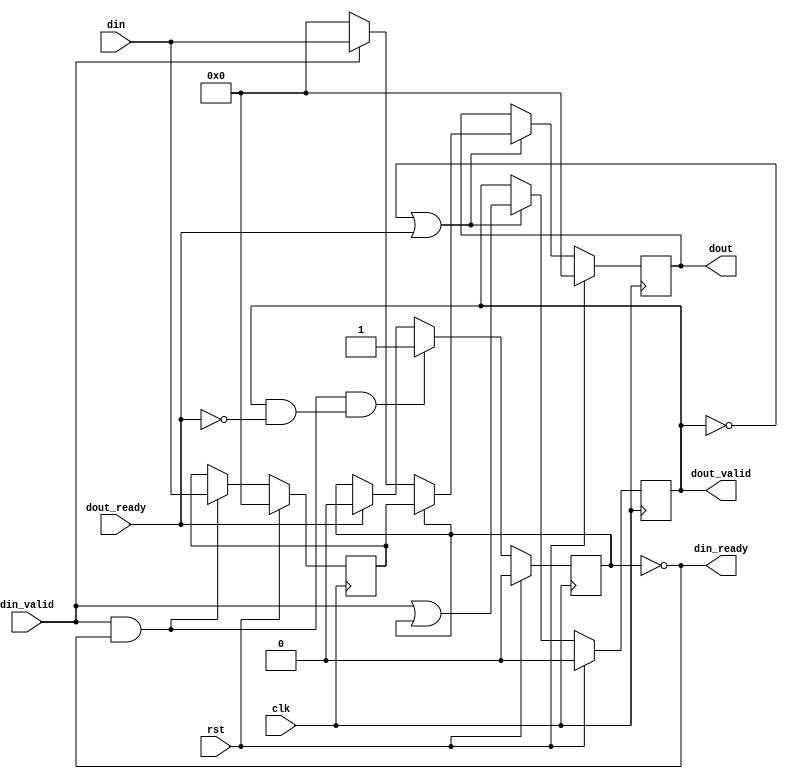
`default_nettype none

module skid_buffer #(
    parameter DIN_WIDTH = 32
) (
    input wire clk,
    input wire rst,

    input wire [DIN_WIDTH-1:0] din,
    input wire din_valid, 
    output wire  din_ready, 

    output wire dout_valid, 
    input wire dout_ready, 
    output wire [DIN_WIDTH-1:0] dout
);

reg [DIN_WIDTH-1:0] din_r=0;

//register valid
reg val=0;
always@(posedge clk)begin
    if(rst)
        val <=0;
    else if((din_valid & din_ready) && (dout_valid & ~dout_ready)) begin
        //there is din valid but dout is stalled
        val <=1;
    end 
    else if(dout_ready)
        val <= 0;
end


//register data
always@(posedge clk)begin
    if(rst)
        din_r <=0;
    else if(din_valid & din_ready)
        din_r <= din;
end

//din ready
assign din_ready = ~val;

//dout side
reg [DIN_WIDTH-1:0] dout_r=0;
reg dout_valid_r=0;


//valid
reg flag =0;
wire flag2 = din_valid | val;
always@(posedge clk)begin
    if(rst)
        dout_valid_r <=0;
    else if((~dout_valid) | dout_ready)begin
        dout_valid_r <= (din_valid | val);
        flag <= 1;
    end
    else
        flag <= 0;
end

//data
always@(posedge clk)begin
    if(rst)
        dout_r <= 0;
    else if((~dout_valid) | dout_ready)begin
        if(val)
            dout_r <= din_r;
        else if(din_valid)
            dout_r <= din;
        else
            dout_r <= 0;
    end
end

assign dout = dout_r;
assign dout_valid = dout_valid_r; 

endmodule